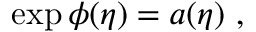
\exp { \phi ( \eta ) } = a ( \eta ) \ ,